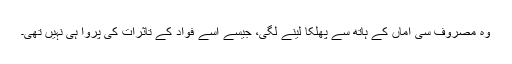
وہ مصروف سی اماں کے ہاتھ سے پھلکا لینے لگی، جیسے اسے فواد کے تاثرات کی پروا ہی نہیں تھی۔